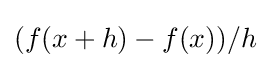
\textstyle (f(x+h)-f(x))/h